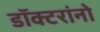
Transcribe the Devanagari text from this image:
डॉक्‍टरांनो